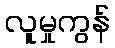
လူမှုကွန်